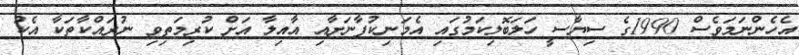
އެހެންނަމަވެސް 1990ގެ ސިޔާސީ ހަލަބޮލިކަމުގައި އެމަނިކުފާނަށާއި އާއިލާ އަށް ކުރިމަތިވި ނުރައްކާތަކާ އެކު